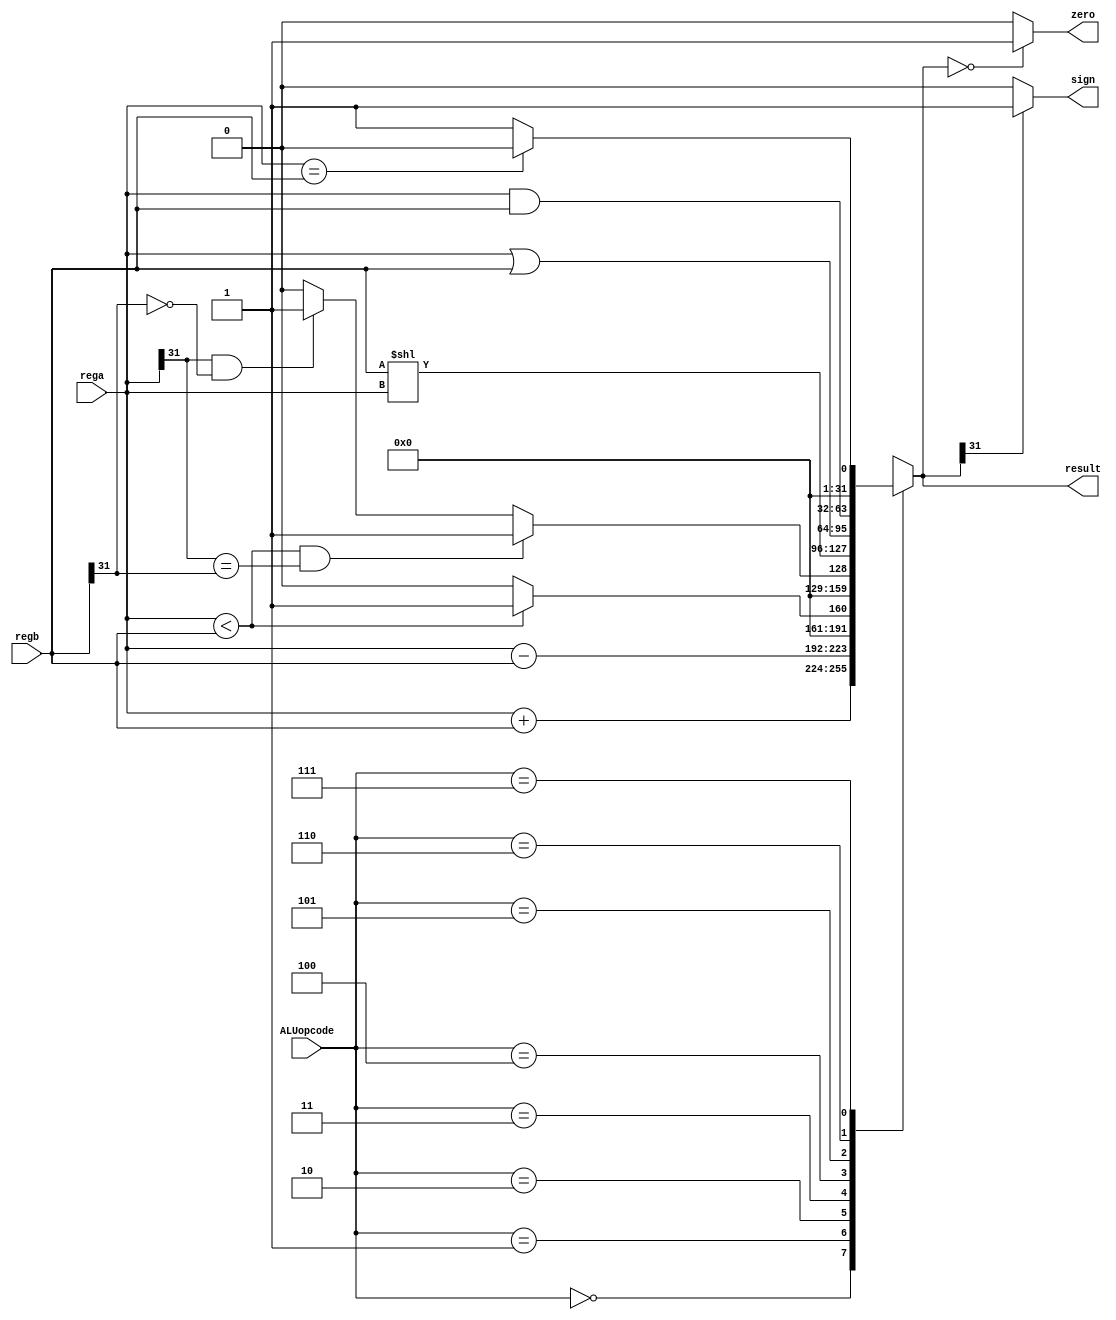
`timescale 1ns / 1ps
//////////////////////////////////////////////////////////////////////////////////
// Company: 
// Engineer: 
// 
// Design Name: 
// Module Name: ALU
// Project Name: 
// Target Devices: 
// Tool Versions: 
// Description: 
// 
// Dependencies: 
// 
// Revision:
// Revision 0.01 - File Created
// Additional Comments:
// 
//////////////////////////////////////////////////////////////////////////////////


module ALU(ALUopcode, rega, regb, result, zero, sign);
    input [2:0] ALUopcode;
    input [31:0] rega;
    input [31:0] regb;
    output reg [31:0] result;
    output zero, sign;
    
    assign zero = (result==0)?1:0;
    assign sign = (result[31] == 1'b0)?0:1;
    
    always @( ALUopcode or rega or regb ) begin
        case (ALUopcode)
            3'b000 : result = rega + regb;  //A+B
            3'b001 : result = rega - regb;  //A-B
            3'b010 : result = (rega < regb)?1:0; // 
            3'b011 : begin // 
                if(rega < regb && (rega[31] == regb[31])) result = 1;
                else if (rega[31] == 1 && regb[31] == 0) result = 1;
                else result = 0;
            end
            3'b100 : result = regb << rega; //BA
            3'b101 : result = rega | regb;  //AB
            3'b110 : result = rega & regb;  //AB
            3'b111 : result = (rega == regb) ? 0 : 1;   //AB 
            default : begin
                result = 32'h00000000;
                $display (" no match");
            end
        endcase
    end
endmodule